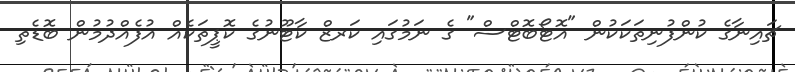
ޗައިނާގެ ކުންފުނިތަކަކުން "އޮޓޯބޮޓްސް" ގެ ނަމުގައި ކަރޒް ކާޓޫނުގެ ކޮޕީތަކެއް އުފެއްދުމުން ބޮޑެތި